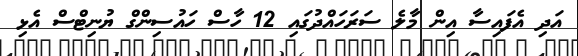
އަދި އެފައިސާ އިން މާލެ ސަރަހައްދުގައި 12 ހާސް ހައުސިންގް ޔުނިޓްސް އެޅި